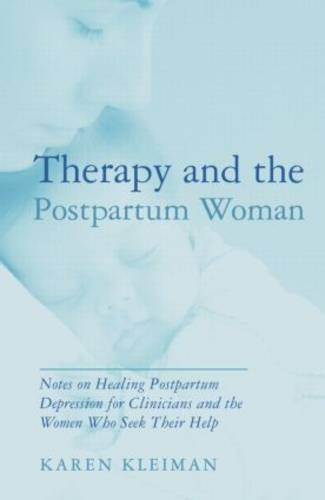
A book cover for Therapy and the Postpartum Woman: Notes on Healing Postpartum Depression for Clinicians and the Women Who Seek their Help; Karen Kleiman; Health, Fitness & Dieting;